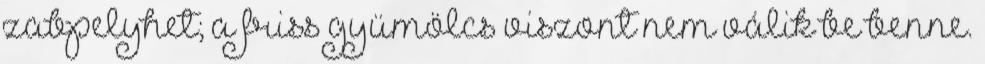
zabpelyhet; a friss gyümölcs viszont nem válik be benne.